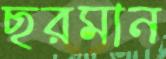
ছরমান